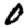
Digit: 0